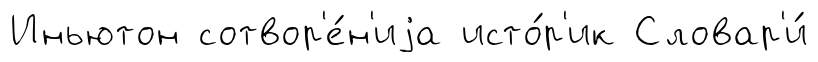
Иньютон сотвор'е́н'иjа исто́р'ик Словар'и́